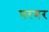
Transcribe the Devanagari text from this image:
परणर